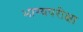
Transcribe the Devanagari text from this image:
भाग्यपरीक्षा